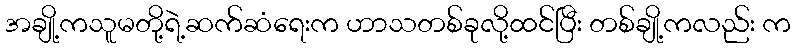
အချို့ကသူမတို့ရဲ့ဆက်ဆံရေးက ဟာသတစ်ခုလို့ထင်ပြီး တစ်ချို့ကလည်း က